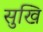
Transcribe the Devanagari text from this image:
सुखि